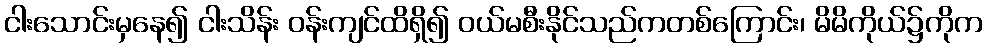
ငါးသောင်းမှနေ၍ ငါးသိန်း ဝန်းကျင်ထိရှိ၍ ဝယ်မစီးနိုင်သည်ကတစ်ကြောင်း၊ မိမိကိုယ်၌ကိုက